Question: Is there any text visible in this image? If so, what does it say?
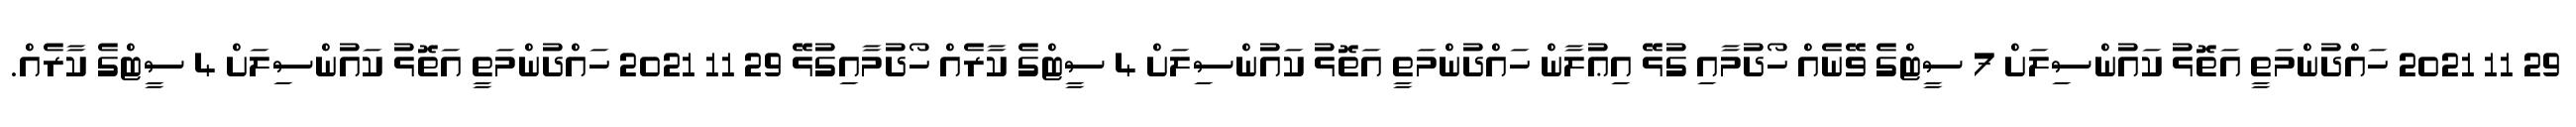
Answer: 29 11 2021 ހައްދުންމަތީ އަތޮޅު ކައުންސިލަށް 7 ސީޓްގެ ވޭނެއް ހޯދުމާއި ގުޅޭ އިޢުލާން ހައްދުންމަތީ އަތޮޅު ކައުންސިލަށް 4 ސީޓްގެ ކާރެއް ހޯދުމާއިގުޅޭ 29 11 2021 ހައްދުންމަތީ އަތޮޅު ކައުންސިލަށް 4 ސީޓްގެ ކާރެއް.